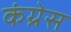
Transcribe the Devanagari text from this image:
कंग्रेस